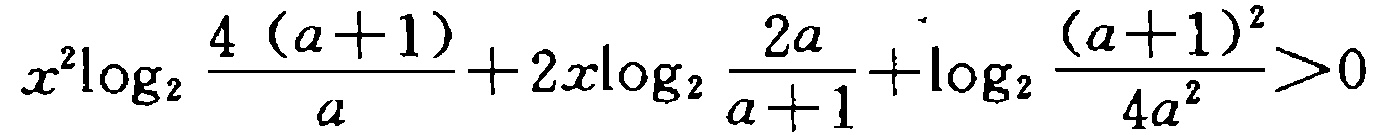
\(x^{2}\log_{2}\frac{4(a + 1)}{a}+2x\log_{2}\frac{2a}{a + 1}+\log_{2}\frac{(a + 1)^{2}}{4a^{2}}>0\)